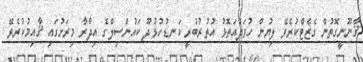
ޤާނޫނީގޮތުން ގެޒެޓްކުރެވޭ ލިޔުން ހުވަދުއަތޮޅު އުތުރުބުރީ ކަނޑުހުޅުދޫ ކައުންސިލްގެ އިދާރާ މިރަށުގައި ޤާއިމުކުރެވޭ